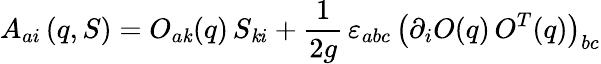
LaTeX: A_{ai}\left(q,S\right)=O_{a\mathit{k}}(q)\, S_{\mathit{k}i}+\frac{{1}}{{2g}}\, \varepsilon_{abc}\, \left(\partial_{i}O(q)\, O^{T}(q)\right)_{bc}